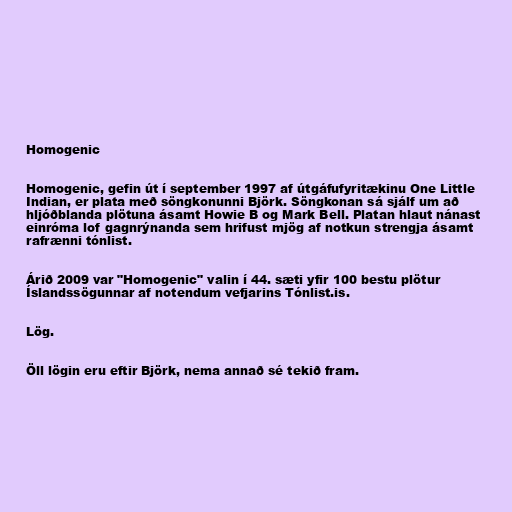
Homogenic

Homogenic, gefin út í september 1997 af útgáfufyritækinu One Little
Indian, er plata með söngkonunni Björk. Söngkonan sá sjálf um að
hljóðblanda plötuna ásamt Howie B og Mark Bell. Platan hlaut nánast
einróma lof gagnrýnanda sem hrifust mjög af notkun strengja ásamt
rafrænni tónlist.

Árið 2009 var "Homogenic" valin í 44. sæti yfir 100 bestu plötur
Íslandssögunnar af notendum vefjarins Tónlist.is.

Lög.

Öll lögin eru eftir Björk, nema annað sé tekið fram.